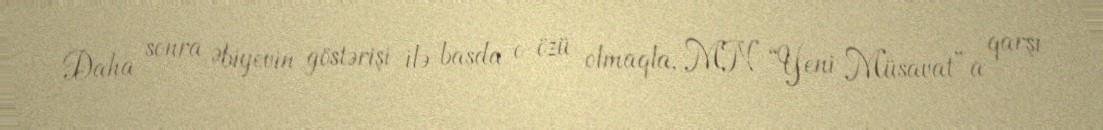
Daha sonra Əbiyevin göstərişi ilə başda o özü olmaqla, MN “Yeni Müsavat”a qarşı